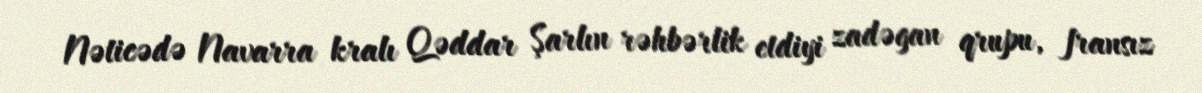
Nəticədə Navarra kralı Qəddar Şarlın rəhbərlik etdiyi zadəgan qrupu, fransız